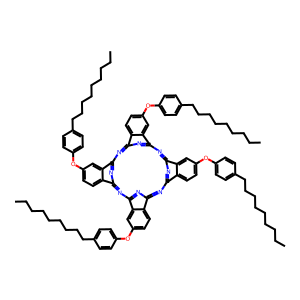
SMILES: CCCCCCCCCc1ccc(Oc2ccc3c4nc5nc(nc6nc(nc7nc(nc(n4)c3c2)c2ccc(Oc3ccc(CCCCCCCCC)cc3)cc72)c2ccc(Oc3ccc(CCCCCCCCC)cc3)cc62)c2cc(Oc3ccc(CCCCCCCCC)cc3)ccc52)cc1
Inhibits HIV replication: No